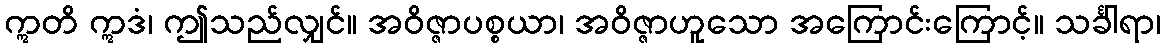
ဣတိ ဣဒံ၊ ဤသည်လျှင်။ အဝိဇ္ဇာပစ္စယာ၊ အဝိဇ္ဇာဟူသော အကြောင်းကြောင့်။ သင်္ခါရာ၊